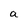
Character: a